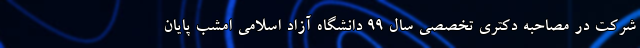
شرکت در مصاحبه دکتری تخصصی سال ۹۹ دانشگاه آزاد اسلامی امشب پایان